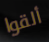
ألقوا